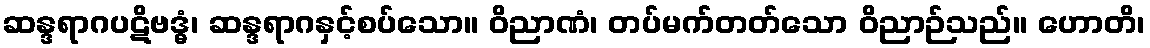
ဆန္ဒရာဂပဋိဗဒ္ဓံ၊ ဆန္ဒရာဂနှင့်စပ်သော။ ဝိညာဏံ၊ တပ်မက်တတ်သော ဝိညာဉ်သည်။ ဟောတိ၊